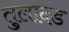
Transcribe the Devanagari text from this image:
तुलादंड